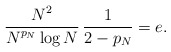
\begin{align*}\frac{\displaystyle N^2}{\displaystyle N^{p_N} \log N}\, \frac{1}{2-p_N}=e.\end{align*}